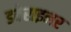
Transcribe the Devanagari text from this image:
डबेराइनर